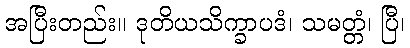
အပြီးတည်း။ ဒုတိယသိက္ခာပဒံ၊ သမတ္တံ၊ ပြီ၊